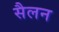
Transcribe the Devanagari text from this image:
सैलन